Malaria in the Duars
Disease focus: Malaria
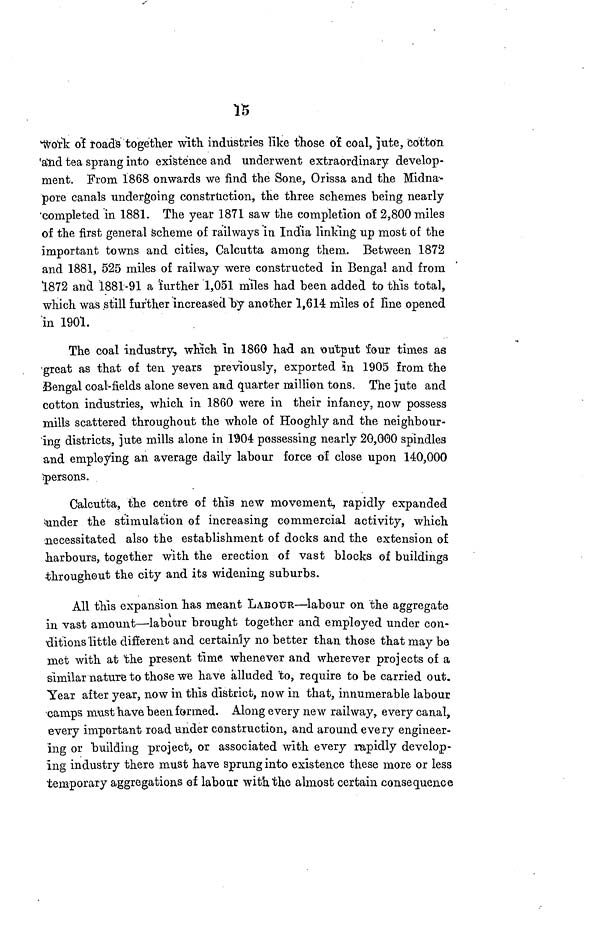
15
work of road's together with industries like those of coal, jute, cotton
and tea sprang into existence and underwent extraordinary develop-
ment. From 1868 onwards we find the Sone, Orissa and the Midna--
pore canals undergoing construction, the three schemes being nearly
'completed in 1881. The year 1871 saw the completion of 2,800 miles
of the first general scheme of railways in India linking up most of the
important towns and cities, Calcutta among them. Between 1872
and 1881, 525 miles of railway were constructed in Bengal and from
1872 and 1881-91 a 'further 1,051 miles had been added to this total,
which was still further increased by another 1,614 miles of line opened
in 1901.
The coal industry, which in 1860 had an output four times as
great as that of ten years previously, exported in 1905 from the
Bengal coal-fields alone seven and quarter million tons. The jute and
cotton industries, which in 1860 were in their infancy, now possess
mills scattered throughout the whole of Hooghly and the neighbour-
ing districts, jute mills alone in 1904 possessing nearly 20,000 spindles
and employing an average daily labour force of close upon 140,000
persons.
Calcutta, the centre of this new movement, rapidly expanded
under the stimulation of increasing commercial activity, which
necessitated also the establishment of docks and the extension of
harbours, together with the erection of vast blocks of buildings
throughout the city and its widening suburbs.
All this expansion has meant LABOUR—labour on the aggregate
in vast amount—labour brought together and. employed under con-
ditions little different and certainly no better than those that may be
met with at the present time whenever and wherever projects of a
similar nature to those we have alluded 'to, require to be carried out.
Year after year, now in this district, now in that, innumerable labour
camps must have been formed. Along every new railway, every canal,
every important road under construction, and around every engineer-
ing or building project, or associated with every rapidly develop-
ing industry there must have sprung into existence these more or less
temporary aggregations of labour with the almost certain consequence